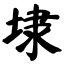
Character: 埭